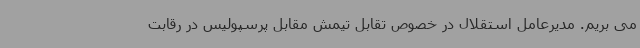
می بریم. مدیرعامل استقلال در خصوص تقابل تیمش مقابل پرسپولیس در رقابت